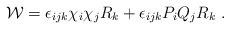
\begin{align*}{\cal W}=\epsilon_{ijk} \chi_i \chi_j R_k+\epsilon_{ijk} P_i Q_j R_k~.\end{align*}